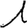
Digit: 1